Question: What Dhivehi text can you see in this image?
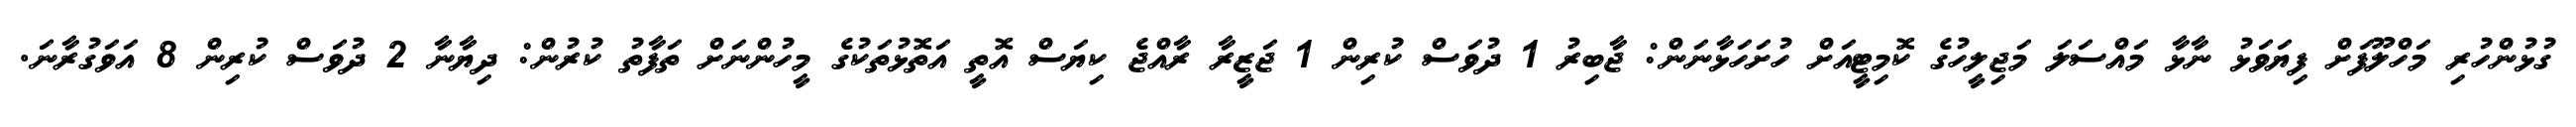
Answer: ގުޅުންހުރި މަހްލޫފަށް ފިޔަވަޅު ނާޅާ މައްސަލަ މަޖިލީހުގެ ކޮމިޓީއަށް ހުށަހަޅާނަން: ޖާބިރު 1 ދުވަސް ކުރިން 1 ޖަޒީރާ ރާއްޖެ ކިޔަސް އޮތީ އަތޮޅުތަކުގެ މީހުންނަށް ތަފާތު ކުރުން: ދިޔާނާ 2 ދުވަސް ކުރިން 8 އަވަގުރާނަ.